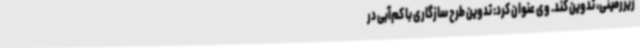
زیرزمینی، تدوین کند. وی عنوان کرد: تدوین طرح سازگاری با کم‌آبی در